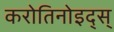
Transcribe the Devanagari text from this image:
करोतिनोइद्स्